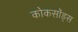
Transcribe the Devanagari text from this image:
कोकसॉड्स